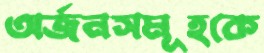
অর্জনসমূহকে